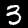
Label: 3